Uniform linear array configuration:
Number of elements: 64
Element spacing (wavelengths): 0.5
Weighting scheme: uniform
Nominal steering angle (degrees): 60
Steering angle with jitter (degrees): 59.73
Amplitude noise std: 0.05
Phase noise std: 0.05

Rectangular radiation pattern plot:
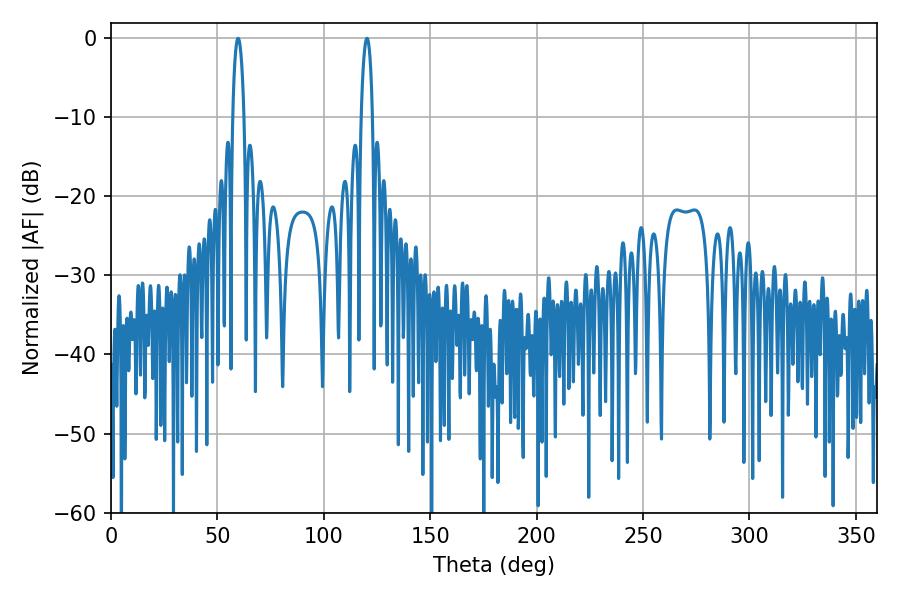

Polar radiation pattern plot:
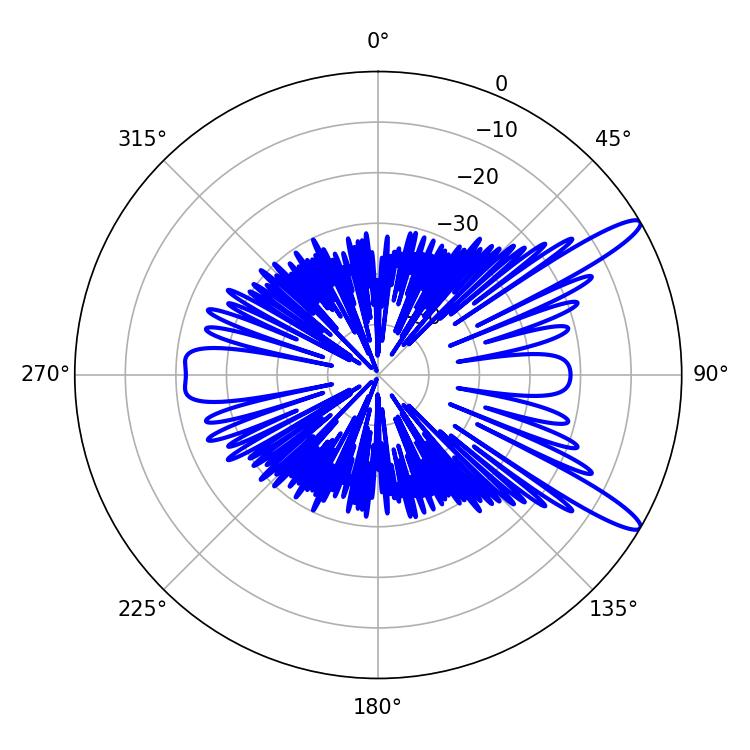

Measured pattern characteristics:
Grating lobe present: FALSE
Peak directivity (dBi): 12.841
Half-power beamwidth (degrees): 2.88
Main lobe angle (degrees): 59.76